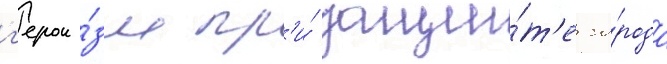
г'ерои́зм пр'и́ защи́т'е го́рода